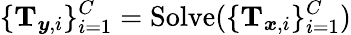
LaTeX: \{ \mathbf{T}_{\boldsymbol{y},i}\} _{i=1}^{C}=\operatorname{Solve}(\{ \mathbf{T}_{\boldsymbol{x},i}\} _{i=1}^{C})